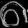
Digit: ၈